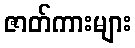
ဇာတ်ကားများ